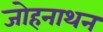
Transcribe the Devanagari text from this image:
जोहनाथन